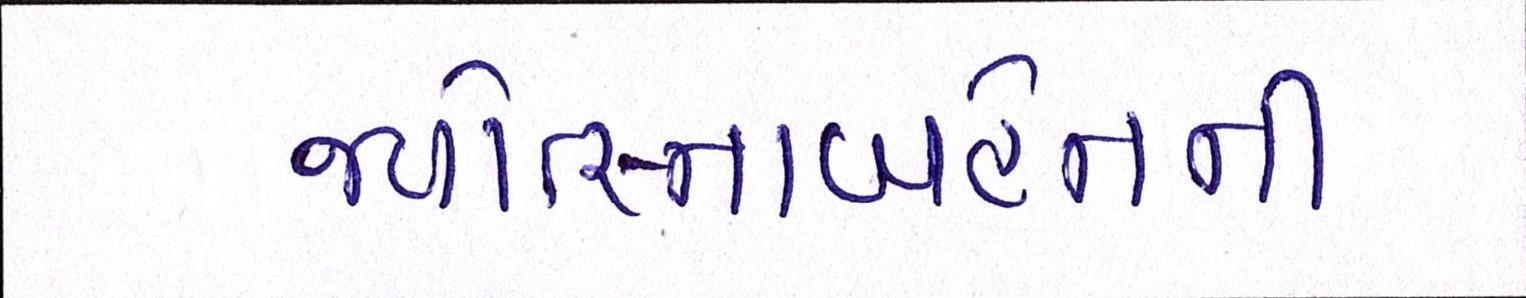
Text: જ્યોત્સ્નાબહેનની